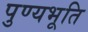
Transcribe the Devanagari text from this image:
पुण्यभूति